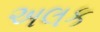
અલક